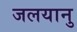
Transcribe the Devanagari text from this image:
जलयानु